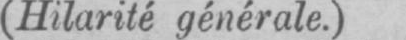
(Hilarité générale.)